Cholera in southern India
Disease focus: Cholera
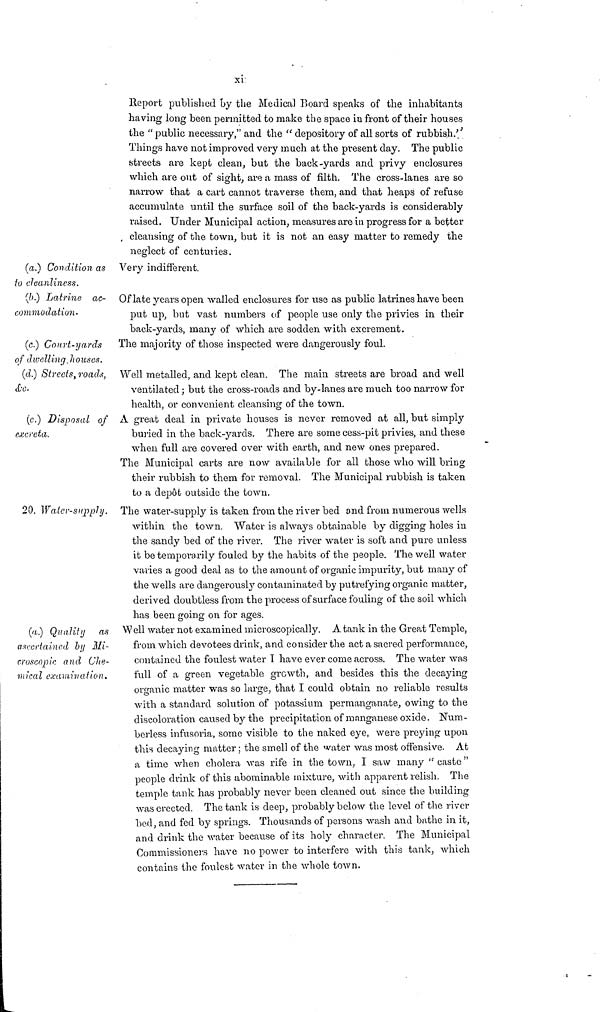
xi
Report published by the Medical Board speaks of the inhabitants
having long been permitted to make the space in front of their houses
the " public necessary," and the " depository of all sorts of rubbish."
Things have not improved very much at the present day. The public
streets are kept clean, but the back-yards and privy enclosures
which are out of sight, are a mass of filth. The cross-lanes are so
narrow that a cart cannot traverse them, and that heaps of refuse
accumulate until the surface soil of the back-yards is considerably
raised. Under Municipal action, measures are in progress for a better
cleansing of the town, but it is not an easy matter to remedy the
neglect of centuries.
(a.) Condition as
to cleanliness.
Very indifferent.
(b.) Latrine ac-
commodation.
Of late years open wailed enclosures for use as public latrines have been
put up, but vast numbers of people use only the privies in their
back-yards, many of which are sodden with excrement.
(c.) Court-yards
of dwelling houses.
The majority of those inspected were dangerously foul.
(d.) Streets, roads, Well metalled, and kept clean. The main streets are broad and well
ventilated ; but the cross-roads and by-lanes are much too narrow for
health, or convenient cleansing of the town.
(c.) Disposal of
excreta.
A great deal in private houses is never removed at all, but simply
buried in the back-yards. There are some cess-pit privies, and these
when full are covered over with earth, and new ones prepared.
The Municipal carts are now available for all those who will bring
their rubbish to them for removal. The Municipal rubbish is taken
to a depot outside the town.
20. Water-supply. The water-supply is taken from the river bed and from numerous wells
within the town. Water is always obtainable by digging holes in
the sandy bed of the river. The river water is soft and pure unless
it be temporarily fouled by the habits of the people. The well water
varies a good deal as to the amount of organic impurity, but many of
the wells are dangerously contaminated by putrefying organic matter,
derived doubtless from the process of surface fouling of the soil which
has been going on for ages.
(a) Quality as
ascertained by Mi-
croscopic and Che-
mical examination.
Well water not examined microscopically. A tank in the Great Temple,
from which devotees drink, and consider the act a sacred performance,
contained the foulest water 1 have ever come across. The water was
full of a green vegetable growth, and besides this the decaying
organic matter was so large, that I could obtain no reliable results
with a standard solution of potassium permanganate, owing to the
discoloration caused by the precipitation of manganese oxide. Num-
berless infusoria, some visible to the naked eye, were preying upon
this decaying matter ; the smell of the water was most offensive. At
a time when cholera was rife in the town, I saw many " caste "
people drink of this abominable mixture, with apparent relish. The
temple tank has probably never been cleaned out since the building
was erected. The tank is deep, probably below the level of the river
bed, and fed by springs. Thousands of persons wash and bathe in it,
and drink the water because of its holy character. The Municipal
Commissioners have no power to interfere with this tank, which
contains the foulest water in the whole town.